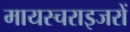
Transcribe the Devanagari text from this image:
मायस्चराइजरों